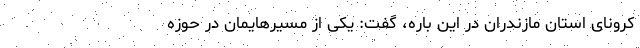
کرونای استان مازندران در این باره، گفت: یکی از مسیرهایمان در حوزه